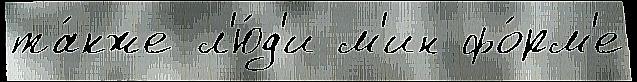
та́кже л'ю́д'и м'ин фо́рм'е